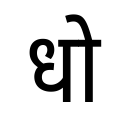
OCR:
धो